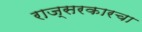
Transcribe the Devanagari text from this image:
राज्सरकारचा